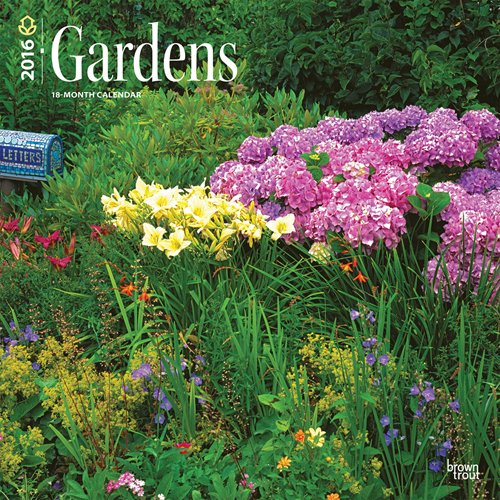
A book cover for Gardens 2016 Square 12x12 (Multilingual Edition); Browntrout Publishers; Calendars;